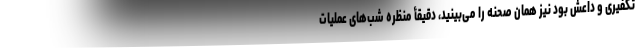
تکفیری و داعش بود نیز همان صحنه را می‌بینید، دقیقأ منظره شب‌های عملیات